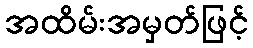
အထိမ်းအမှတ်ဖြင့်